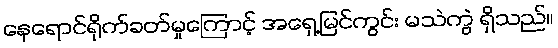
နေရောင်ရိုက်ခတ်မှုကြောင့် အရှေ့မြင်ကွင်း မသဲကွဲ ရှိသည်။